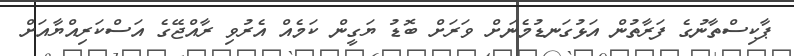
ޕާކިސްތާނުގެ ފަރާތުން އަޅުގަނޑުމެނަށް ވަރަށް ބޮޑު ޔަގީން ކަމެއް އެރުވި ރާއްޖޭގެ އަސްކަރިއްޔާއަށް